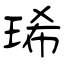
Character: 琋